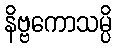
နိဗ္ဗကောသမ္ပိ